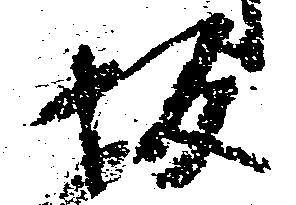
坂